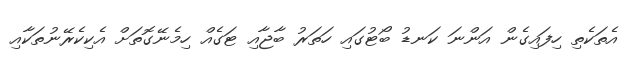
އެތަކެތި ހިފައިގެން އަންނަ ކަނޑު ބޯޓުގައި ހަތަރު ބާޖާއި ޓަގެއް ހިމެނޭގޮތަށް އެކިކެރޭނުތަކާއި